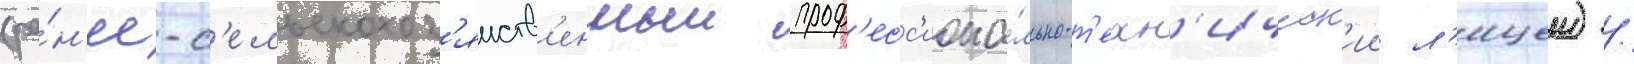
(ра́н'ее-с'ельскохоз'яиств'енныи проф'есс'иона́льно-т'ехн'ическ'ии л'ицеи) /